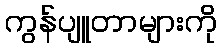
ကွန်ပျူတာများကို